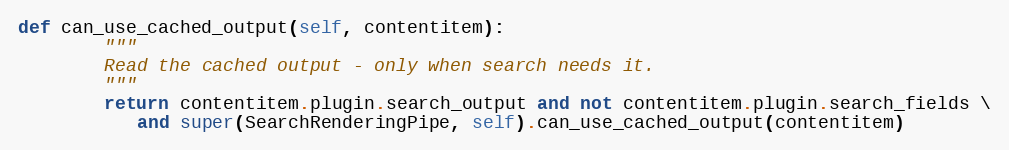
Language: Python
def can_use_cached_output(self, contentitem):
        """
        Read the cached output - only when search needs it.
        """
        return contentitem.plugin.search_output and not contentitem.plugin.search_fields \
           and super(SearchRenderingPipe, self).can_use_cached_output(contentitem)